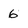
Character: 6